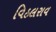
વિઠલરાવ